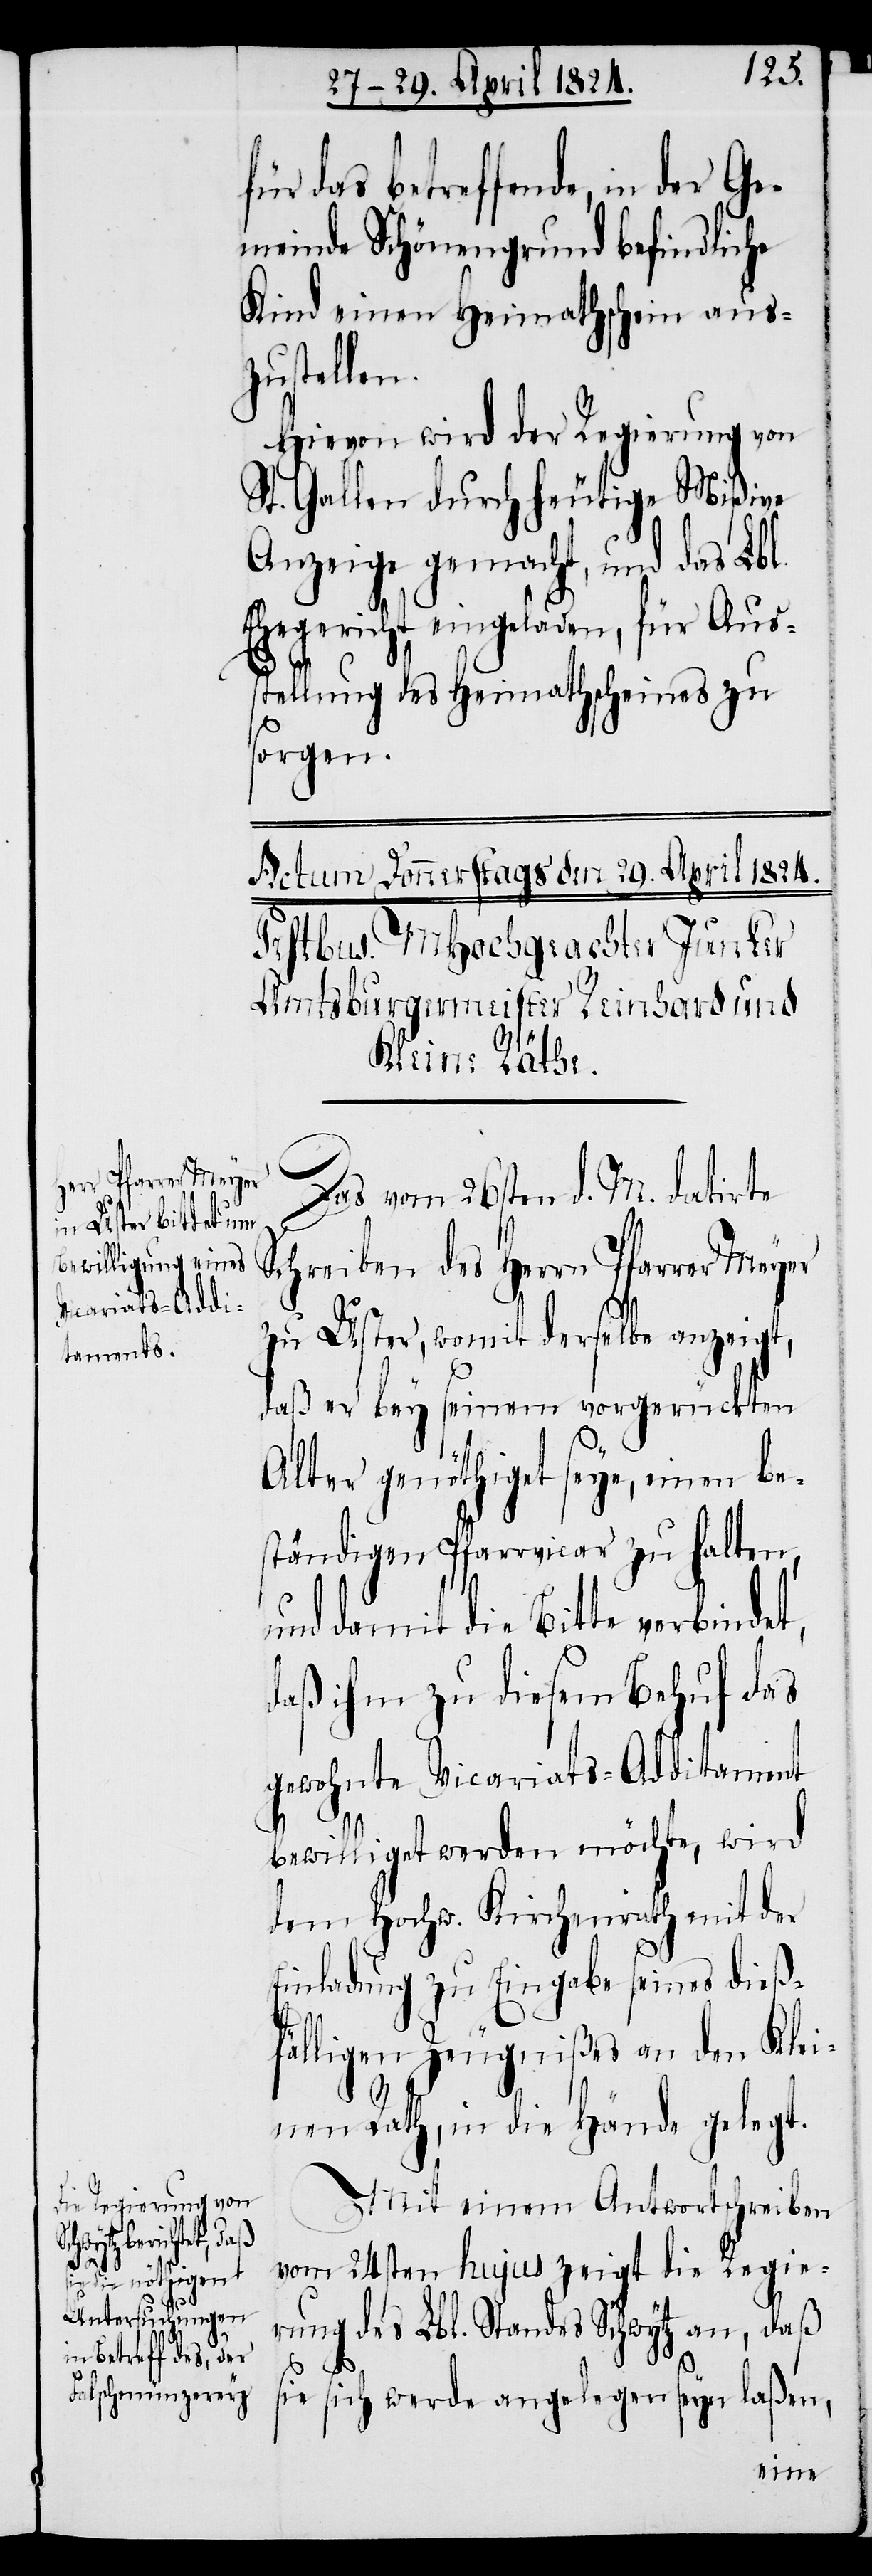
Ge¬

für das betreffende, in der
meinde Schönengrund befindliche
Kind einen Heimathschein aus¬
zustellen.
Hievon wird der Regierung von
St. Gallen durch heutige Mißive
Anzeige gemacht, und das Lbl.
Ehegericht eingeladen, für Aus¬
stellung des Heimathscheines zu
sorgen.
Das vom 26sten d. M. datirte
Schreiben des Herrn Pfarrer Meyer
zu Uster, womit derselbe anzeigt,
daß bey seinem vorgerückten
Alter genöthigt seye, einen be¬
ständigen Pfarrvicar zu halten,
und damit die Bitte verbindet,
daß ihm zu diesem Behuf das
gewohnte Vicariats-Additament
bewilliget werden möchte, wird
dem Hochw. Kirchenrath mit der
Einladung zu Eingabe seines dieß¬
fälligen Zeugnißes an den Klei¬
nen Rath, in die Hände gelegt.
Mit einem Antwortschreiben
vom 24sten hujus zeigt die Regie¬
rung des Lbl. Standes Schwytz an, daß
sie sich werde angelegen seyn laßen,